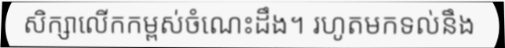
សិក្សាលើកកម្ពស់ចំណេះដឹង។ រហូតមកទល់នឹង